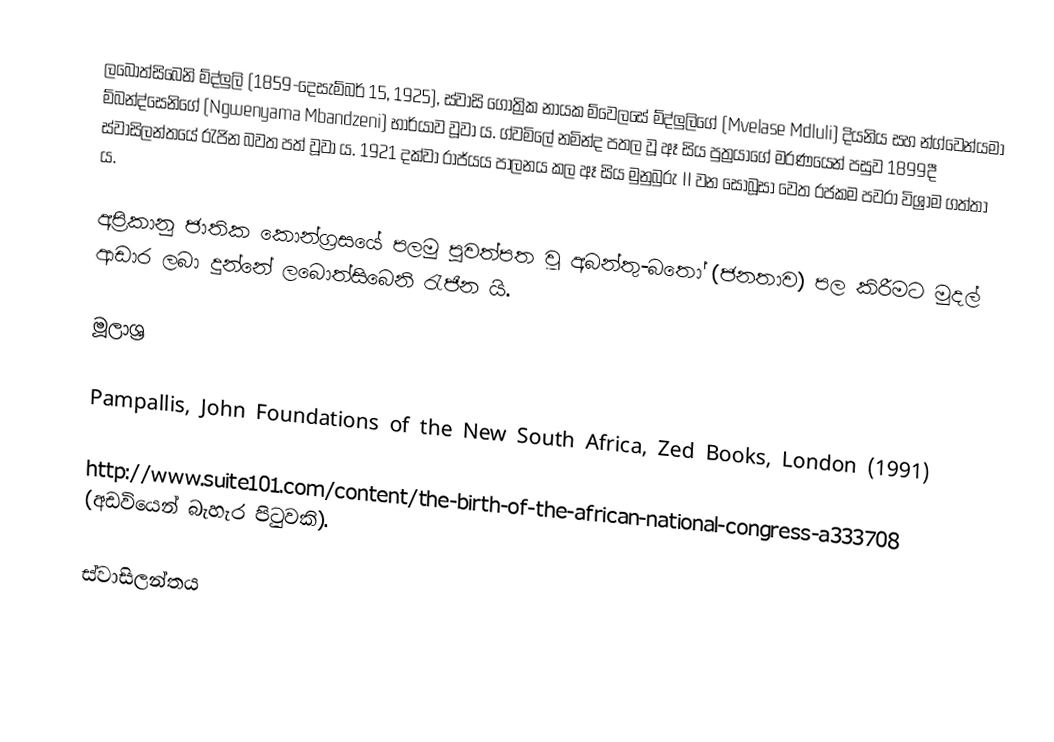
ලබොත්සිබෙනි ම්ද්ලුලි (1859-දෙසැම්බර් 15, 1925), ස්වාසි ගෝත්‍රික නායක ම්වෙලසේ ම්ද්ලුලිගේ (Mvelase Mdluli) දියනිය සහ න්ග්වෙන්යමා ම්බන්ද්සෙනිගේ (Ngwenyama Mbandzeni) භාර්යාව වූවා ය.   ග්වමිලේ නමින්ද පතල වූ ඈ සිය පුත්‍රයාගේ මරණයෙන් පසුව 1899දී ස්වාසිලන්තයේ රැජින බවත පත් වූවා ය.  1921 දක්වා රාජ්යය පාලනය කල ඈ සිය මුනුබුරු II වන සොබූසා වෙත රජකම පවරා විශ්‍රාම ගත්තා ය.

අප්‍රිකානු ජාතික කොන්ග්‍රසයේ පලමු පුවත්පත වූ අබන්තු-බතෝ (ජනතාව) පල කිරීමට මුදල් ආඩාර ලබා දුන්නේ ලබොත්සිබෙනි රැජින යි.

මූලාශ්‍ර

Pampallis, John Foundations of the New South Africa, Zed Books, London (1991)

http://www.suite101.com/content/the-birth-of-the-african-national-congress-a333708  (අඩවියෙන් බැහැර පිටුවකි).

ස්වාසිලන්තය